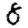
Digit: 8